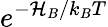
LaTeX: e^{-\mathcal{H}_{B}/k_{B}T}